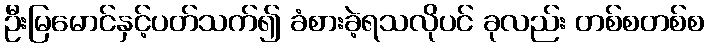
ဦးမြမောင်နှင့်ပတ်သက်၍ ခံစားခဲ့ရသလိုပင် ခုလည်း တစ်စတစ်စ